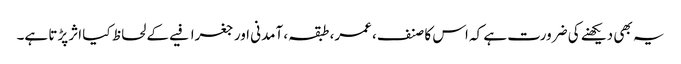
یہ بھی دیکھنے کی ضرورت ہے کہ اس کا صنف، عمر، طبقہ، آمدنی اور جغرافیے کے لحاظ کیا اثر پڑتا ہے۔